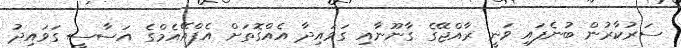
ސަރުކާރުން ބުނެފައި ވަނީ ރާއްޖޭގެ ގާނޫނާއި ގަވައިދާ އެއްގޮތަށް އެފްއޭއެމްގެ އަސާސީ ގަވައިދު